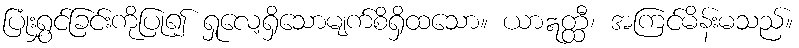
ပြုံးရွှင်ခြင်းကိုပြု၍ ရှုလေ့ရှိသောမျက်စိရှိထသော။ ယာဣတ္ထီ၊ အကြင်မိန်းမသည်။